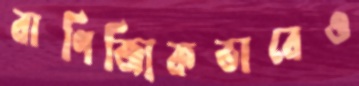
বাণিজ্যিকভাবেও